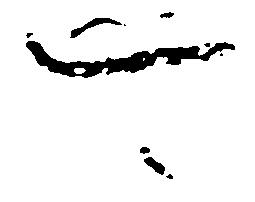
可